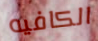
الكافيه